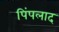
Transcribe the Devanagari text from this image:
पिंपलाद